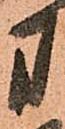
方